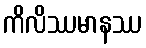
ကိလိဿမာနဿ